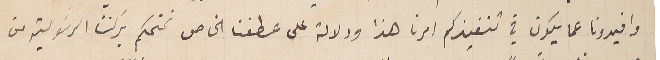
وافيدونا عما يكون في تنفيذكم امرنا هذا ودلالة على عطفنا الخاص نمنحكم بركتنا الرسَولية من